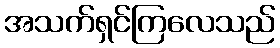
အသက်ရှင်ကြလေသည်